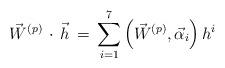
LaTeX: \begin{align*}{\vec W}^{(p)} \, \cdot \, {\vec h}\, =\, \sum_{i=1}^{7}\left({\vec W}^{(p)},{\vec \alpha_{i}}\right)h^i\end{align*}